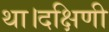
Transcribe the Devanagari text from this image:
था।दक्षिणी